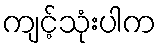
ကျင့်သုံးပါက